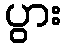
ပွား